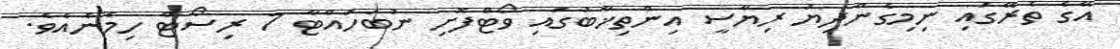
އޭގެ ތެރޭގައި ނިމިގެންދިޔަ ރިޔާސީ އިންތިޚާބުގައި ވޯޓްފޮށި ނުބަހައްޓާ 7 ރިސޯޓް ހިމެނެއެވެ.